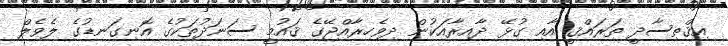
އިޤްތިސާދީ ތަރައްޤީ އާއި ގުޅޭ ދާއިރާއަކުން ދިވެހިރާއްޖޭގެ ޤައުމީ ސަނަދުތަކުގެ އޮނިގަނޑުގެ ލެވެލް